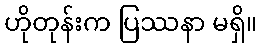
ဟိုတုန်းက ပြဿနာ မရှိ။